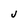
Character: u